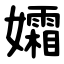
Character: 孀